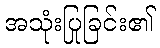
အသုံးပြုခြင်း၏